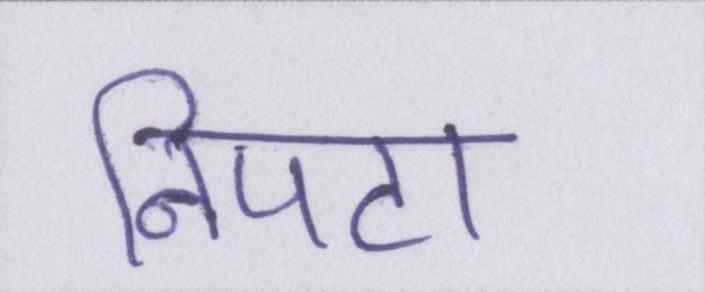
निपटा